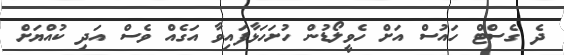
ދެ ގެސްޓް ހައުސް އަށް ހެވީލޯޑުން ހުށަހަޅާފައިވާ އަގެއް ވެސް އަދި ކުއްޔަށް